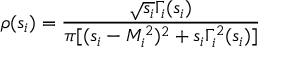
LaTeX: \rho ( s _ { i } ) = \frac { \sqrt { s _ { i } } \Gamma _ { i } ( s _ { i } ) } { \pi [ ( s _ { i } - M _ { i } ^ { 2 } ) ^ { 2 } + s _ { i } \Gamma _ { i } ^ { 2 } ( s _ { i } ) ] }